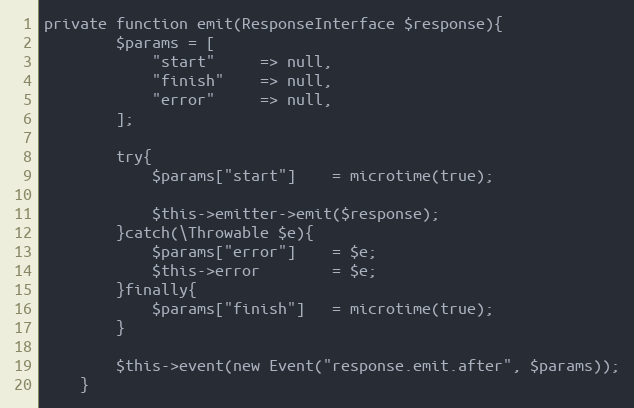
Language: PHP
private function emit(ResponseInterface $response){
        $params = [
            "start"     => null,
            "finish"    => null,
            "error"     => null,
        ];

        try{
            $params["start"]    = microtime(true);

            $this->emitter->emit($response);
        }catch(\Throwable $e){
            $params["error"]    = $e;
            $this->error        = $e;
        }finally{
            $params["finish"]   = microtime(true);
        }

        $this->event(new Event("response.emit.after", $params));
    }